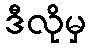
ဒီလိုမှ